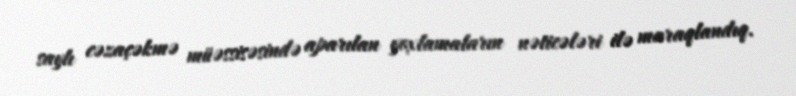
saylı cəzaçəkmə müəssisəsində aparılan yoxlamaların nəticələri ilə maraqlandıq.